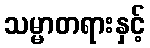
သမ္မာတရားနှင့်